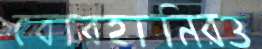
বোরহানিরও